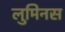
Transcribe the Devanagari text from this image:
लुमिनस